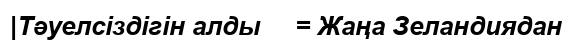
|Тәуелсіздігін алды     = Жаңа Зеландиядан